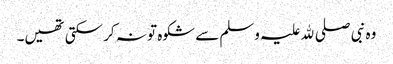
وہ نبی صلی ﷲ علیہ وسلم سے شکوہ تو نہ کر سکتی تھیں۔